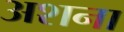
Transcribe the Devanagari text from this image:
अशना